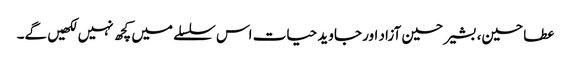
عطا حسین، بشیر حسین آزاد اور جاوید حیات اس سلسلے میں کچھ نہیں لکھیں گے۔